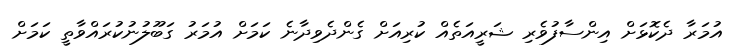
އުމަރާ ދެކޮޅަށް އިންސާފުވެރި ޝަރީއަތެއް ކުރިއަށް ގެންދެވިދާނެ ކަމަށް އުމަރު ގަބޫލުނުކުރައްވާތީ ކަމަށް